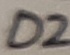
Text: D2